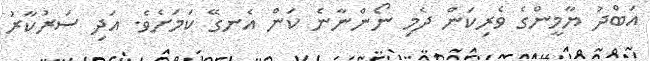
އަބްދު ޔާމީންގެ ވެރިކަން ދެމި ނޯންނާނެ ކަން އެނގޭ ކަމަށެވެ. އަދި ސަރުކާރު